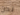
نحن